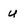
Character: u